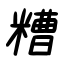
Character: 糟